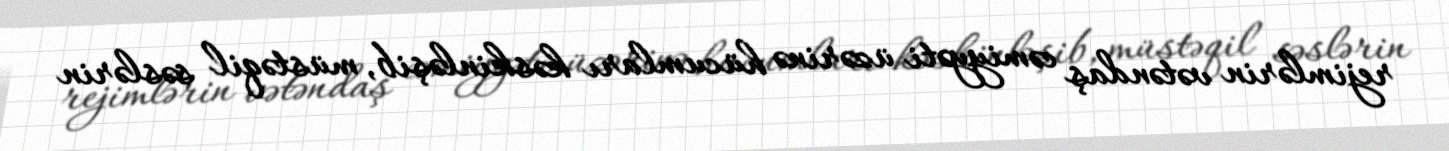
rejimlərin vətəndaş cəmiyyəti üzərinə hücumları kəskinləşib, müstəqil səslərin